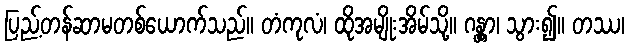
ပြည့်တန်ဆာမတစ်ယောက်သည်။ တံကုလံ၊ ထိုအမျိုးအိမ်သို့။ ဂန္တွာ၊ သွား၍။ တဿ၊